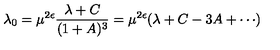
\lambda _ { 0 } = \mu ^ { 2 \epsilon } \frac { \lambda + C } { ( 1 + A ) ^ { 3 } } = \mu ^ { 2 \epsilon } ( \lambda + C - 3 A + \cdots )